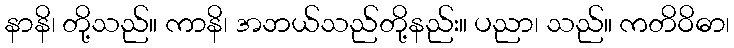
နာနိ၊ တို့သည်။ ကာနိ၊ အဘယ်သည်တို့နည်း။ ပညာ၊ သည်။ ကတိဝိဓာ၊